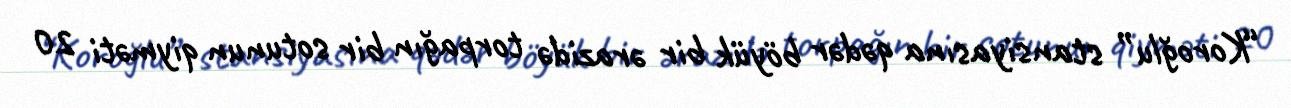
“Koroğlu” stansiyasına qədər böyük bir ərazidə torpağın bir sotunun qiyməti 20